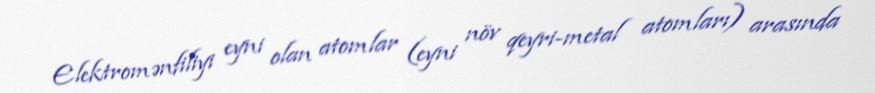
Elektromənfiliyi eyni olan atomlar (eyni növ qeyri-metal atomları) arasında